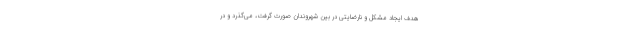
هدف ایجاد مشکل و نارضایتی در بین شهروندان صورت گرفت، می‌گذرد و در